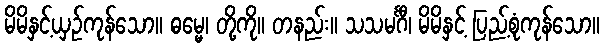
မိမိနှင့်ယှဉ်ကုန်သော။ ဓမ္မေ၊ တို့ကို။ တနည်း။ သသမင်္ဂီ၊ မိမိနှင့် ပြည့်စုံကုန်သော။